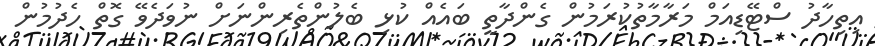
އިތިހާދު ސްޓޭޑިއަމް މަރާމާތުކުރަމުން ގެންދާތީ ބައެއް ކުޅި ބެލުންތެރިންނަށް ނުވަދެވޭ ގޮތް ހެދުމުން